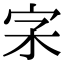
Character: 𡧖